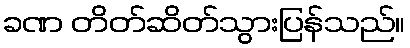
ခဏ တိတ်ဆိတ်သွားပြန်သည်။